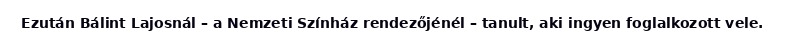
Ezután Bálint Lajosnál – a Nemzeti Színház rendezőjénél – tanult, aki ingyen foglalkozott vele.